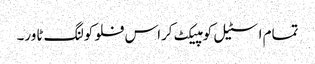
تمام اسٹیل کومپیکٹ کراس فلو کولنگ ٹاور۔